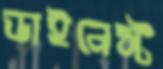
ডাইনেস্ট